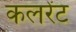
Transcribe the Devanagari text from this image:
कलरेंट